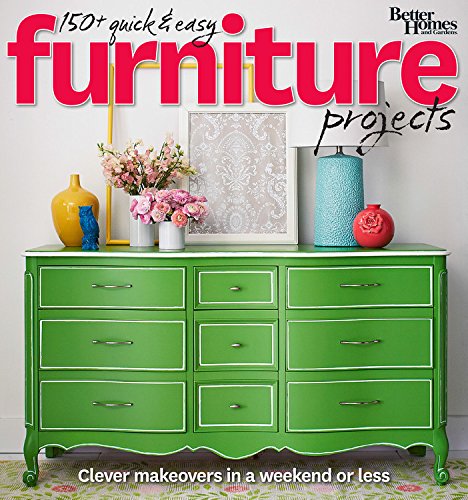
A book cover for Better Homes and Gardens 150+ Quick and Easy Furniture Projects: Clever Makeovers in a a Weekend or Less (Better Homes and Gardens Do It Yourself); Better Homes and Gardens; Crafts, Hobbies & Home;